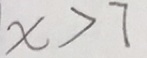
x > 7